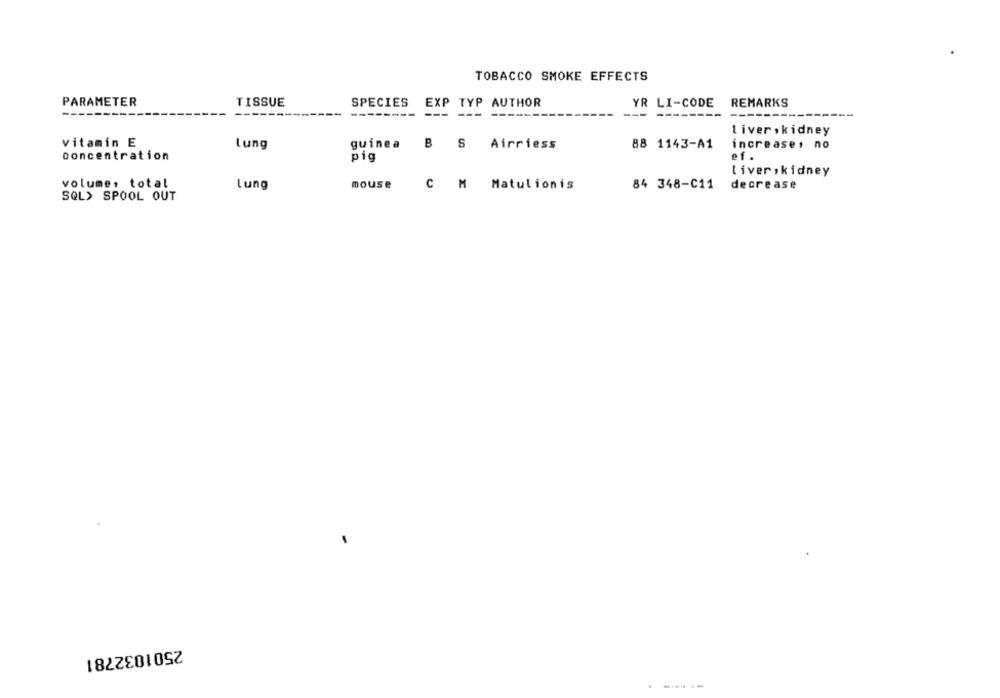
TOBACCO SMOKE EFFECTS
PARAMETER
TISSUE
SPECIES
EXP TYP AUTHOR
YR LI-CODE
REMARKS
--------
---
--- --------
--------
liver, kidney
vitamin E
Lung
guinea
B S Airriess
88 1143-A1
increase, no
concentration
pig
ef.
tiver, kidney
volume, total
Lung
mouse
C M Matulionis
84 348-C11
decrease
SQL> SPOOL OUT
2501032781